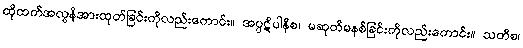
ထိုထက်အလွန်အားထုတ်ခြင်းကိုလည်းကောင်း။ အပ္ပဋိပါနိစ၊ မဆုတ်မနစ်ခြင်းကိုလည်းကောင်း။ သတိစ၊